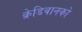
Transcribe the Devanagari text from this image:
क्रेडिबानको